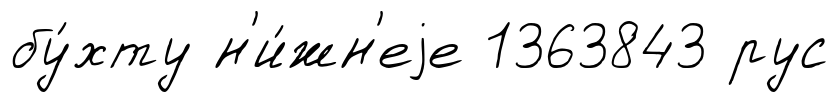
бу́хту н'и́жн'еjе 1363843 рус